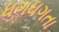
ધગધગતા